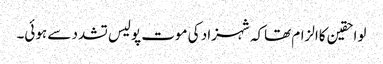
لواحقین کاالزام تھاکہ شہزاد کی موت پولیس تشدد سے ہوئی۔